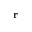
\mathbf { r }